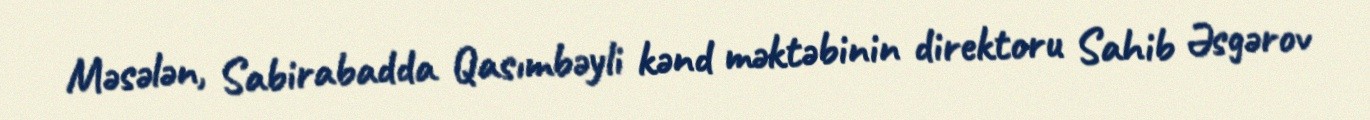
Məsələn, Sabirabadda Qasımbəyli kənd məktəbinin direktoru Sahib Əsgərov